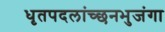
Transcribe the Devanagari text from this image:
धृतपदलांच्छनभुजंगा